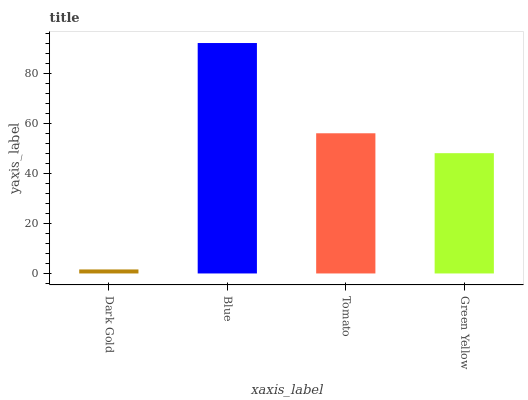
| xaxis_label | bars |
 | --- | --- |
 | Dark Gold | 1.61 |
 | Blue | 92.3 |
 | Tomato | 56.2 |
 | Green Yellow | 48.2 |